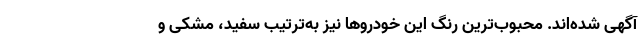
آگهی شده‌اند. محبوب‌ترین رنگ این خودروها نیز به‌ترتیب سفید، مشکی و